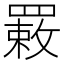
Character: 𦌉